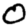
Digit: 0